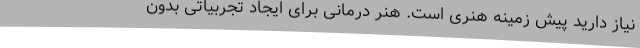
نیاز دارید پیش زمینه هنری است. هنر درمانی برای ایجاد تجربیاتی بدون